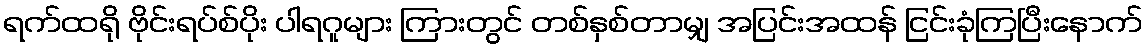
ရက်ထရို ဗိုင်းရပ်စ်ပိုး ပါရဂူများ ကြားတွင် တစ်နှစ်တာမျှ အပြင်းအထန် ငြင်းခုံကြပြီးနောက်